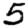
Digit: 5